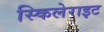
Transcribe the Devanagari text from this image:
स्किलेराइट